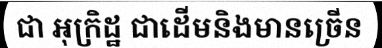
ជា អុក្រិដ្ឋ ជាដើមនិងមានច្រើន